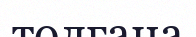
толғана